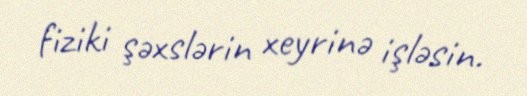
fiziki şəxslərin xeyrinə işləsin.